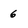
Character: 6